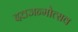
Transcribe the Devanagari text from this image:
दत्तजन्मोत्सव